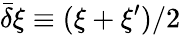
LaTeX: \bar{\delta}\xi\equiv(\xi+\xi^{\prime})/2